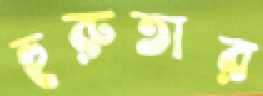
হুরুতার